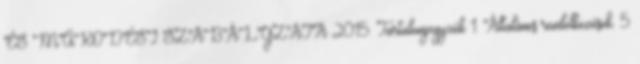
ÉS MŰKÖDÉSI SZABÁLYZATA 2015. Tartalomjegyzék 1. Általános rendelkezések. 5